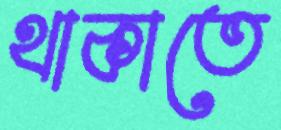
থাকাতে